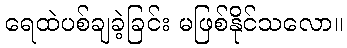
ရေထဲပစ်ချခဲ့ခြင်း မဖြစ်နိုင်သလော။